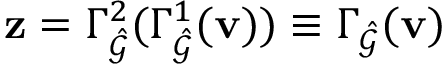
\mathbf { z } = \Gamma _ { \hat { \mathcal { G } } } ^ { 2 } ( \Gamma _ { \hat { \mathcal { G } } } ^ { 1 } ( \mathbf { v } ) ) \equiv \Gamma _ { \hat { \mathcal { G } } } ( \mathbf { v } )